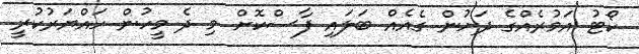
ކޯޓު އަމުރެއްގެ ދަށުން ގެއެއް ބަލައި ފާސްކޮށް މި ދެ މީހުން ހައްޔަރުކުރީ